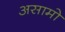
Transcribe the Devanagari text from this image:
असामो